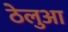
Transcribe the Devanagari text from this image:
ठेलुआ